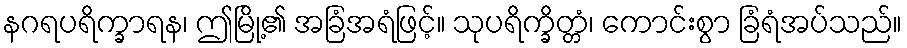
နဂရပရိက္ခာရန၊ ဤမြို့၏ အခြံအရံဖြင့်။ သုပရိက္ခိတ္တံ၊ ကောင်းစွာ ခြံရံအပ်သည်။